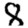
Digit: 8